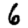
Digit: 6